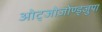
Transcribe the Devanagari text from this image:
ओट्जोज़ोण्ड्जुपा